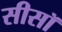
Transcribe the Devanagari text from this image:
सीसॉ